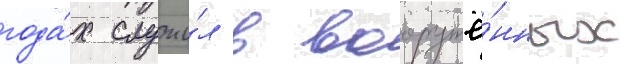
года́х служи́л в вооружё́нных